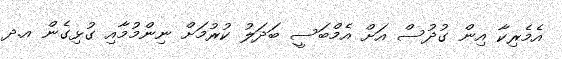
އެމެރިކާ އިން ގުދުސް އަށް އެމްބަސީ ބަދަލު ކުރުމަށް ނިންމުމާއި ގުޅިގެން އ.ދ